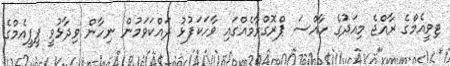
ޓިވީއެމްގެ ރާއްޖެ މިއަދުގެ ހާއްސަ ޕްރޮގްރާމެއްގައި ވާހަކަފުޅު ދައްކަވަމުން ނިހާން ވިދާޅުވީ ޕީޕީއެމްގެ